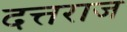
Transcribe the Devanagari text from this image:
दत्तराज